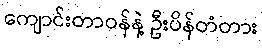
ကျောင်းတာဝန်နဲ့ ဦးပိန်တံတား